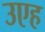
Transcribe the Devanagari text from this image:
उएह